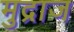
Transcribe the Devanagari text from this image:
मुद्राज